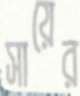
সায়ের